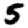
Digit: 5